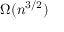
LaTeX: \Omega ( n ^ { 3 / 2 } )